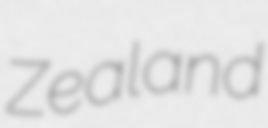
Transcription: Zealand